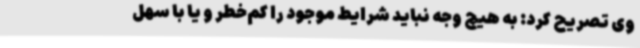
وی تصریح کرد: به هیچ وجه نباید شرایط موجود را کم‌خطر و یا با سهل‌